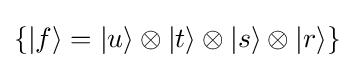
\{|f\rangle =|u\rangle \otimes |t\rangle \otimes |s\rangle \otimes |r\rangle \}